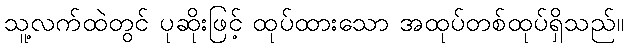
သူ့လက်ထဲတွင် ပုဆိုးဖြင့် ထုပ်ထားသော အထုပ်တစ်ထုပ်ရှိသည်။